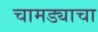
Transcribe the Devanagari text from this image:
चामड्याचा